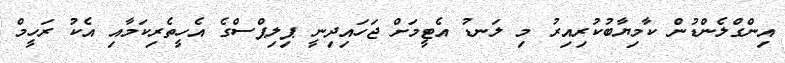
އިންގްލެންޑުން ކާމިޔާބުކުރިއިރު މި ލަނޑު އެޓީމަށް ޖަހައިދިނީ ޕިލިޕްސްގެ އެހީތެރިކަމާއި އެކު ރަހީމް